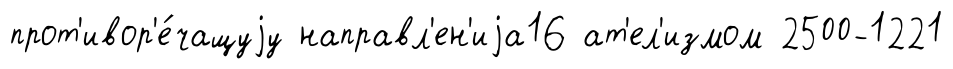
прот'ивор'е́чащуjу направл'ен'иjа16 ат'ел'измом 2500-1221